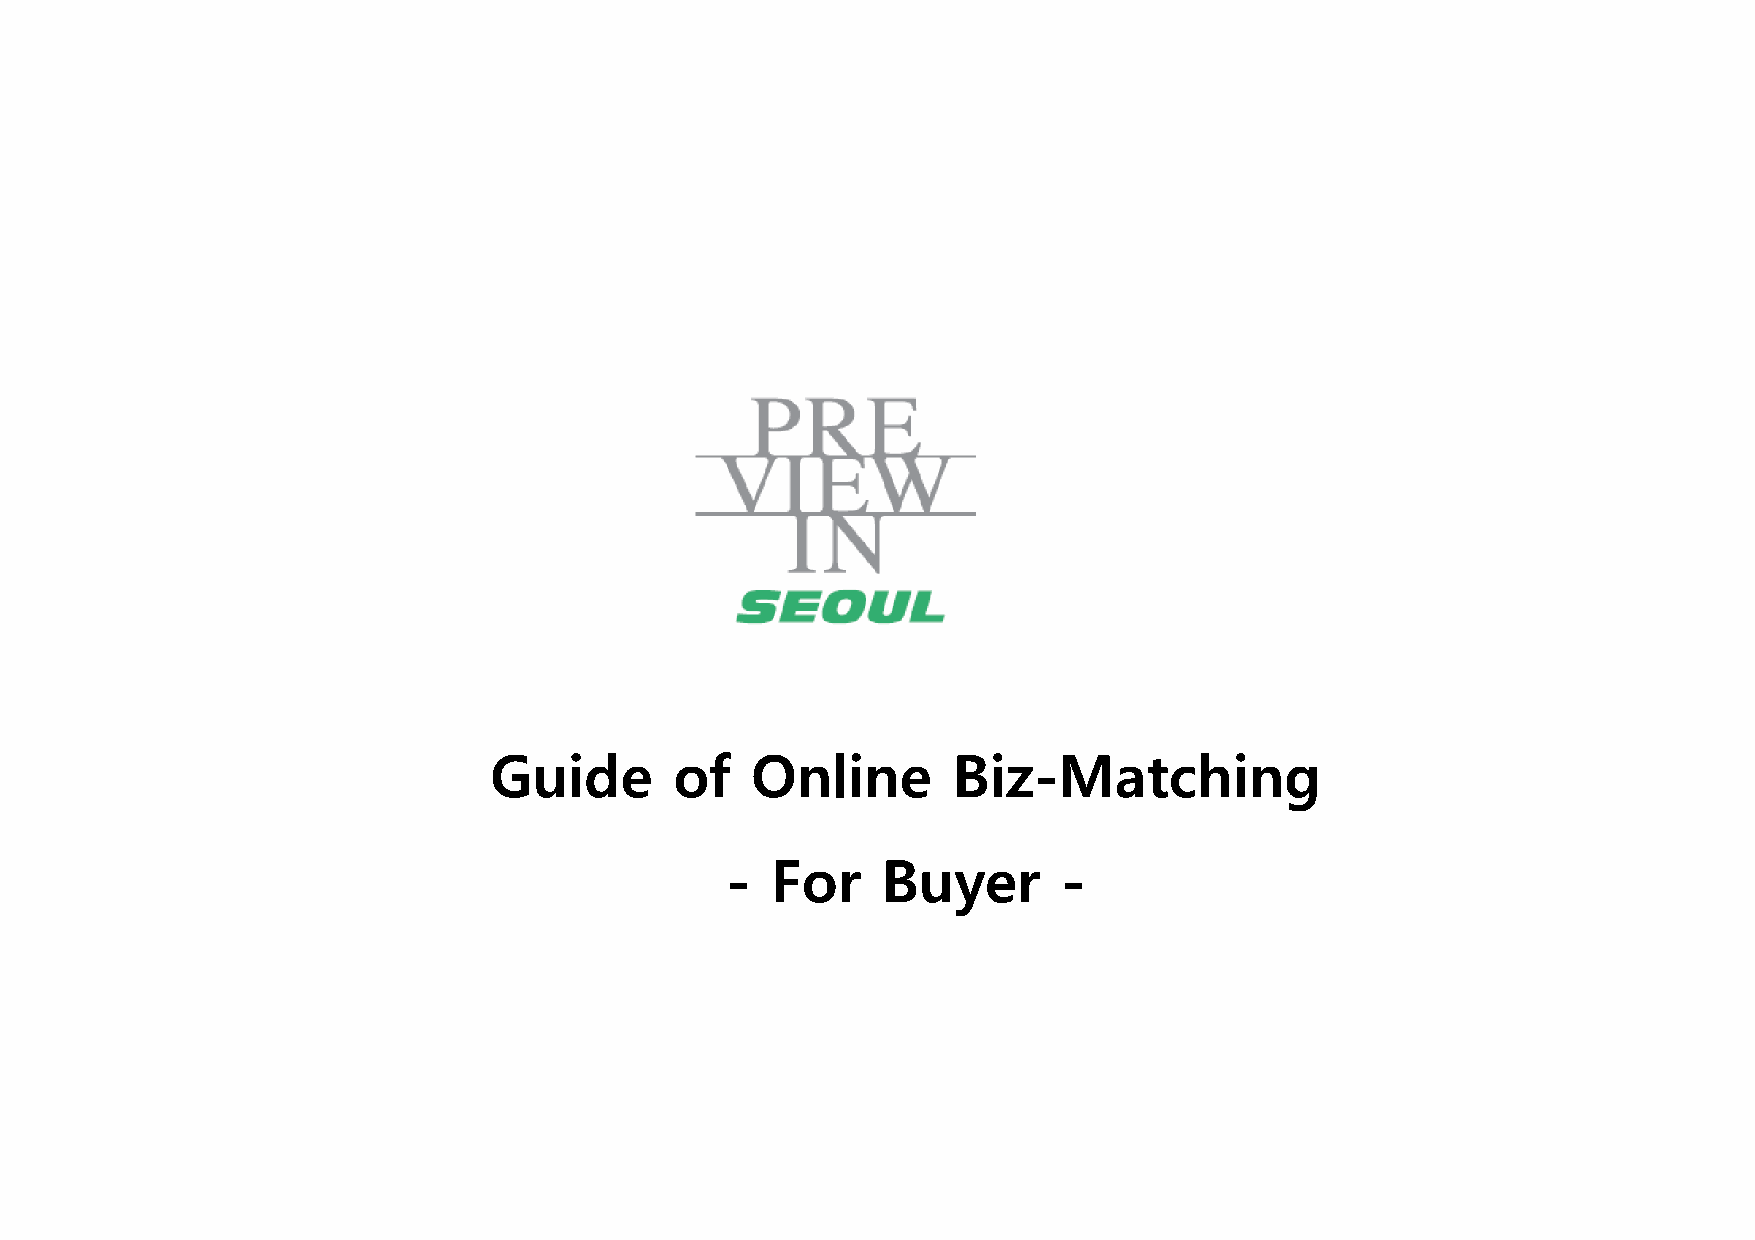
Guide        of   Online       Biz-Matching
 -  For    Buyer       -